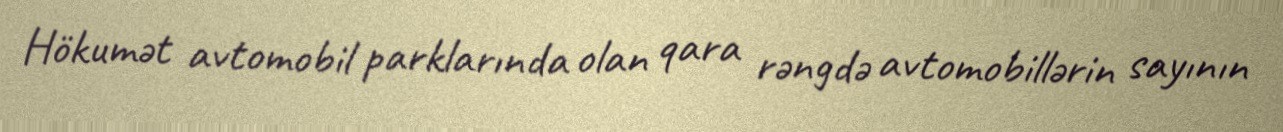
Hökumət avtomobil parklarında olan qara rəngdə avtomobillərin sayının